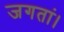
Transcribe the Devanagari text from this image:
जगतां।